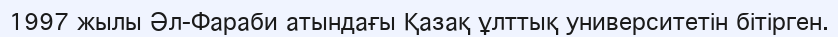
1997 жылы Әл-Фараби атындағы Қазақ ұлттық университетін бітірген.